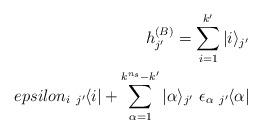
LaTeX: \begin{align*}h_{j'}^{(B)} = \sum _{i=1}^{k'} |i\rangle_{j'} \\epsilon _i \ _{j'} \hspace*{-1pt} \langle i| + \sum _{\alpha=1}^{k^{n_s}-k'} |\alpha \rangle_{j'} \ \epsilon _{\alpha } \ _{j'}\hspace*{-1pt} \langle \alpha | \end{align*}